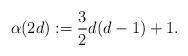
LaTeX: \begin{align*}\alpha(2d) := \frac{3}{2}d(d-1) + 1.\end{align*}